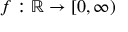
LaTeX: f : \mathbb { R } \rightarrow [ 0 , \infty )